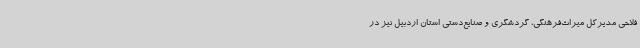
فلاحی مدیرکل میراث‌فرهنگی، گردشگری و صنایع‌دستی استان اردبیل نیز در